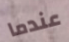
عندما